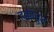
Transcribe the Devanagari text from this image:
हक्कातुन